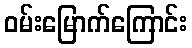
ဝမ်းမြောက်ကြောင်း